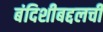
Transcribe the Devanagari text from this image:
बंदिशीबद्दलची